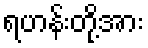
ရဟန်းတို့အား